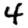
Digit: 4